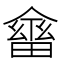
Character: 𠏇